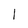
Character: l